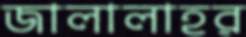
জালালাহর